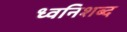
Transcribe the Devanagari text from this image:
ध्वनिशब्द